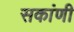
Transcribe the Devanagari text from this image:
सकांणी